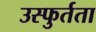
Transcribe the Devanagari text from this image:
उस्फुर्तता